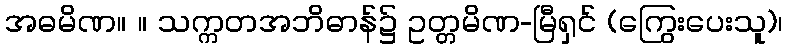
အဓမိဏ။ ။ သက္ကတအဘိဓာန်၌ ဥတ္တမိဏ-မြီရှင် (ကြွေးပေးသူ)၊